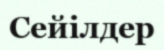
Сейілдер